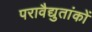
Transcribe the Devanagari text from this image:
परावैद्युतांकों